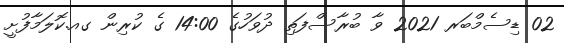
02 ޑިސެމްބަރ 2021 ވާ ބުރާސްފަތި ދުވަހުގެ 14:00 ގެ ކުރިން ގއ.ކޮލަމާފުށީ